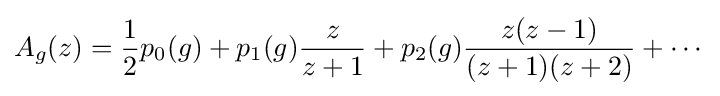
A_{g}(z)={\frac {1}{2}}p_{0}(g)+p_{1}(g){\frac {z}{z+1}}+p_{2}(g){\frac {z(z-1)}{(z+1)(z+2)}}+\cdots